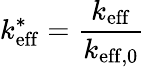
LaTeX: k_{\mathrm{eff}}^{*}=\frac{k_{\mathrm{eff}}}{k_{\mathrm{eff,0}}}